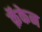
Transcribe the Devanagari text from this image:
क्रॅकेन